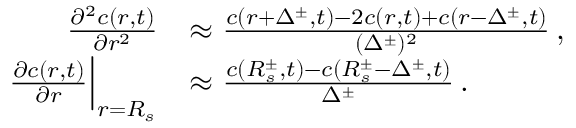
\begin{array} { r l } { \frac { \partial ^ { 2 } c ( r , t ) } { \partial r ^ { 2 } } } & { \approx \frac { c ( r + \Delta ^ { \pm } , t ) - 2 c ( r , t ) + c ( r - \Delta ^ { \pm } , t ) } { ( \Delta ^ { \pm } ) ^ { 2 } } \, , } \\ { \frac { \partial c ( r , t ) } { \partial r } \Big | _ { r = R _ { s } } } & { \approx \frac { c ( R _ { s } ^ { \pm } , t ) - c ( R _ { s } ^ { \pm } - \Delta ^ { \pm } , t ) } { \Delta ^ { \pm } } \, . } \end{array}